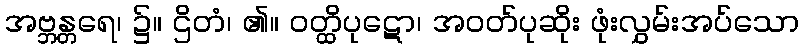
အဗ္ဘန္တရေ၊ ၌။ ဌိတံ၊ ၏။ ဝတ္ထိပုဋော၊ အဝတ်ပုဆိုး ဖုံးလွှမ်းအပ်သော